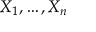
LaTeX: X _ { 1 } , \dots , X _ { n }